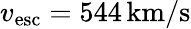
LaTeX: v_{\mathrm{esc}}=544\, \mathrm{km}/\mathrm{s}